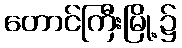
တောင်ကြီးမြို့၌